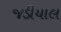
જડીયાલ